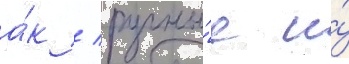
а́к / ручны́е и́